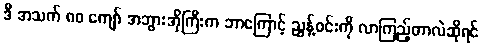
ဒီ အသက် ၈၀ ကျော် အဘွားအိုကြီးက ဘာကြောင့် ညွန့်ဝင်းကို လာကြည့်တာလဲဆိုရင်